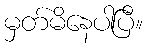
မှတ်မိနေပါပြီ။